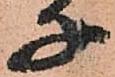
子